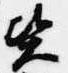
資